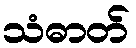
သံဓာတ်